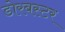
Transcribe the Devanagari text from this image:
डोरबस्टर